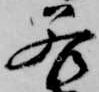
若